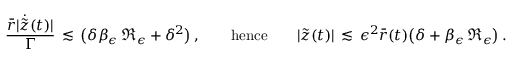
\frac { \bar { r } | \dot { \tilde { z } } ( t ) | } { \Gamma } \, \lesssim \, \bigl ( \delta \beta _ { \epsilon } \, \mathfrak { R } _ { \epsilon } + \delta ^ { 2 } \bigr ) \, , \qquad \mathrm { h e n c e } \qquad | \tilde { z } ( t ) | \, \lesssim \, \epsilon ^ { 2 } \bar { r } ( t ) \bigl ( \delta + \beta _ { \epsilon } \, \mathfrak { R } _ { \epsilon } \bigr ) \, .